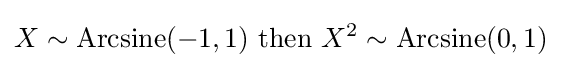
X\sim {\rm {Arcsine}}(-1,1)\ {\text{then }}X^{2}\sim {\rm {Arcsine}}(0,1)